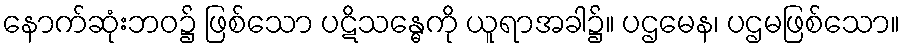
နောက်ဆုံးဘဝ၌ ဖြစ်သော ပဋိသန္ဓေကို ယူရာအခါ၌။ ပဌမေန၊ ပဌမဖြစ်သော။